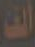
ألف